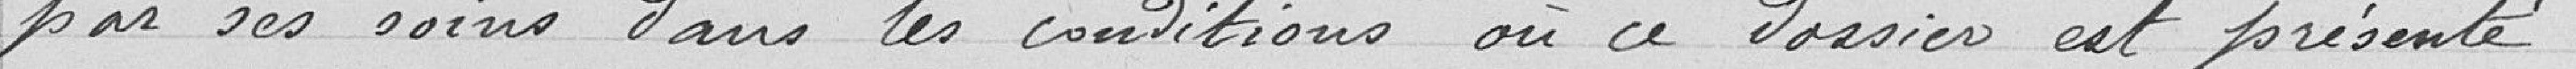
par ses soins dans les conditions où ce dossier est présenté.